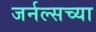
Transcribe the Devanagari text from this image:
जर्नल्सच्या